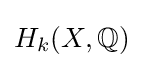
H_{k}(X,\mathbb {Q} )